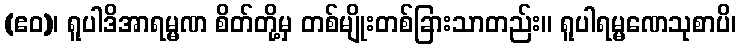
(ဧဝ)၊ ရူပါဒိအာရမ္မဏ စိတ်တို့မှ တစ်မျိုးတစ်ခြားသာတည်း။ ရူပါရမ္မဏေသုစာပိ၊